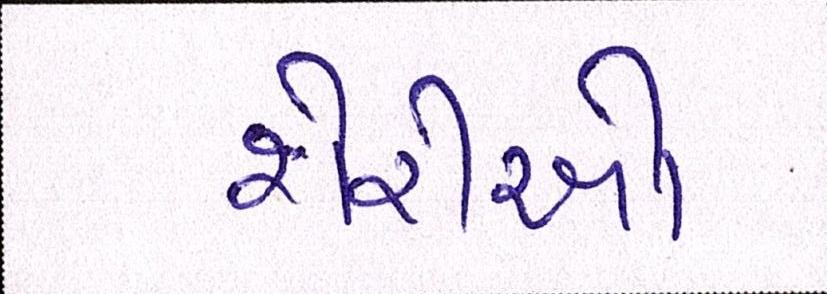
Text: શેરીઓ